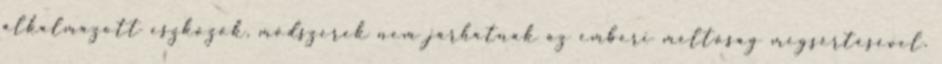
alkalmazott eszközök, módszerek nem járhatnak az emberi méltóság megsértésével.